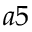
a 5